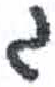
אות: ג